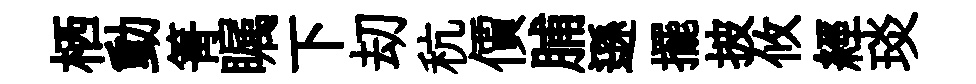
栖動箐瞩下刧秔價脯遜擺披攸經琰